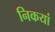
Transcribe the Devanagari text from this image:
निकयां